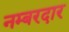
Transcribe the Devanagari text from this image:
नम्बरदार